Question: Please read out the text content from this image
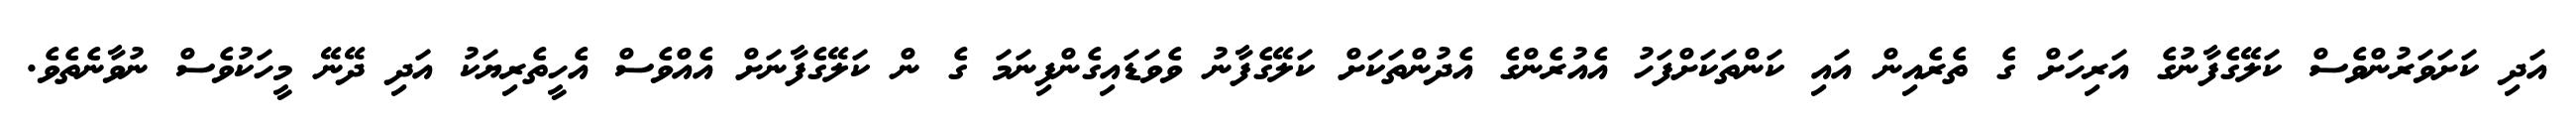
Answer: އަދި ކަށަވަރުންވެސް ކަލޭގެފާނުގެ އަރިހަށް ގެ ތެރެއިން އައި ކަންތަކަށްފަހު އެއުރެންގެ އެދުންތަކަށް ކަލޭގެފާނު ވެވަޑައިގެންފިނަމަ ގެ ން ކަލޭގެފާނަށް އެއްވެސް އެހީތެރިޔަކު އަދި ދޭނޭ މީހަކުވެސް ނުވާނެތެވެ.